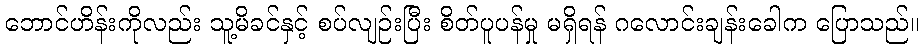
ဘောင်ဟိန်းကိုလည်း သူ့မိခင်နှင့် စပ်လျဉ်းပြီး စိတ်ပူပန်မှု မရှိရန် ဂလောင်းချန်းခေါက ပြောသည်။